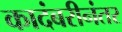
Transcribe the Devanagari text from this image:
कादंबरीनंतर